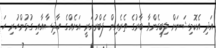
އަދި އެކޮމިޝަނަށް ލިބިގެންވާ ބާރުގެ ތެރެއިން ފެބްރުއަރީ އަށެއްގެ ހާދިސާއާއި ގުޅުންހުރި ހަ